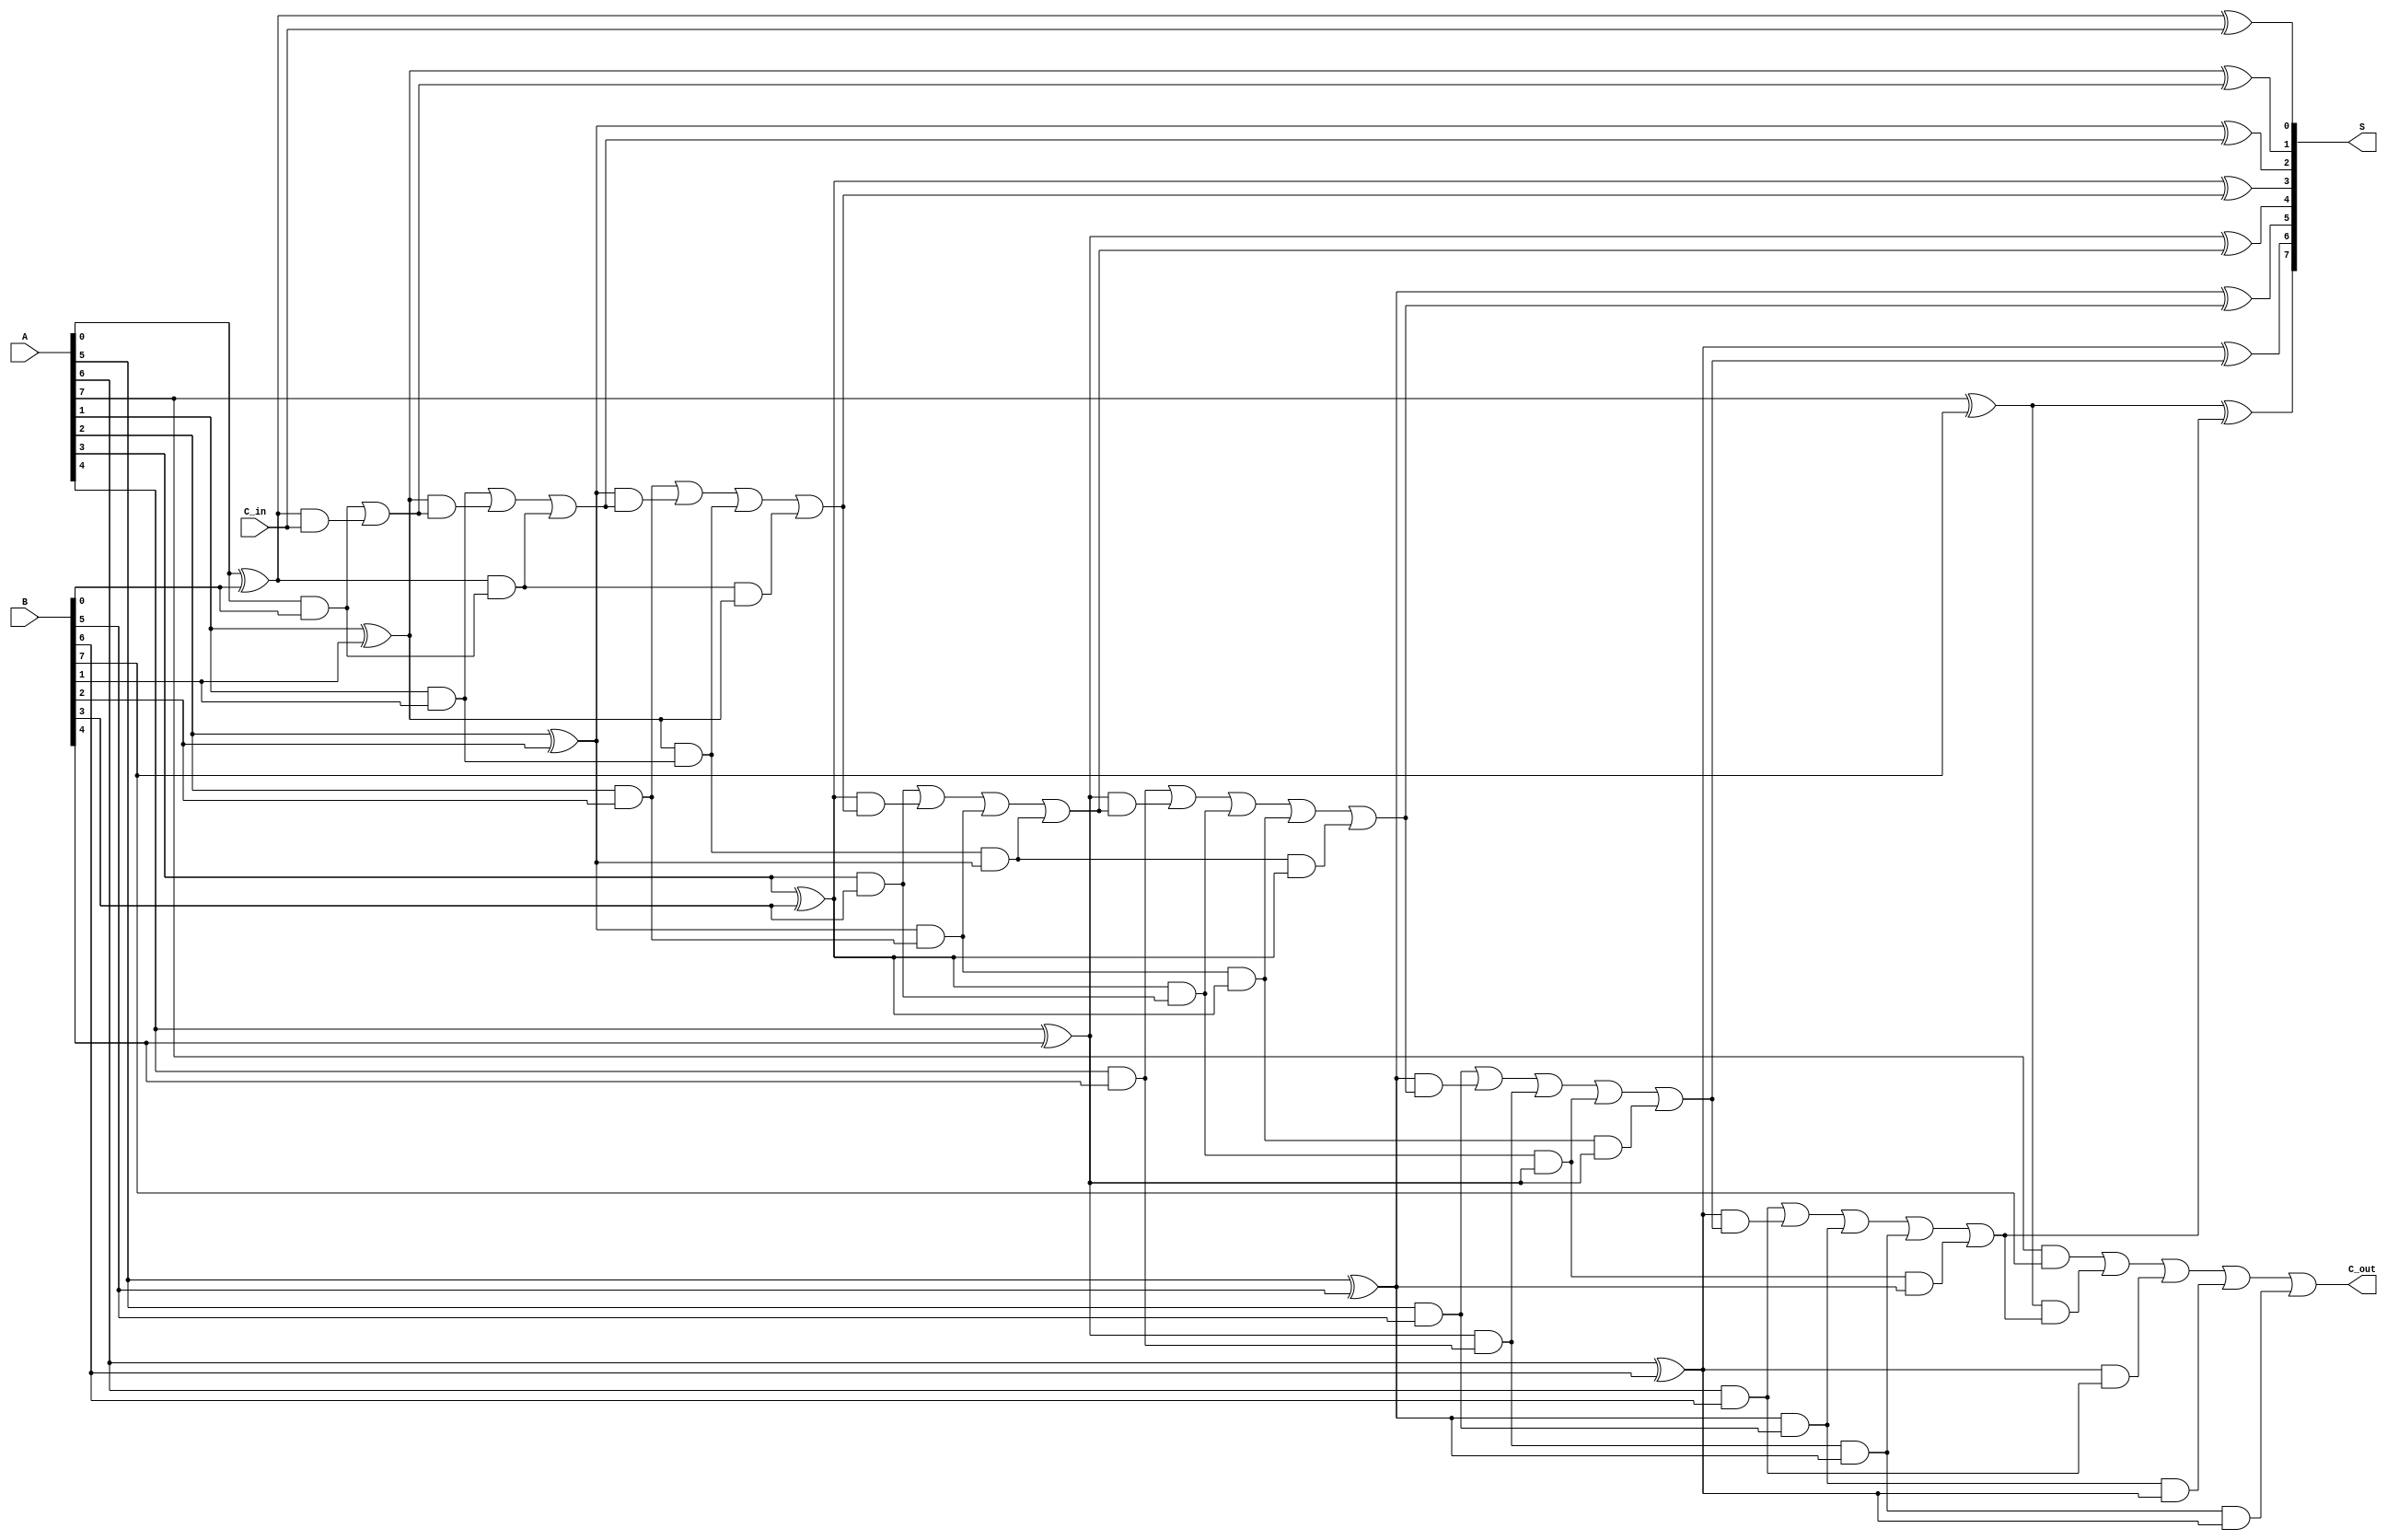
module brent_kung_adder #(parameter WIDTH = 8) (
    input  [WIDTH-1:0] A,      // First input
    input  [WIDTH-1:0] B,      // Second input
    input               C_in,    // Carry-in
    output [WIDTH-1:0] S,       // Sum output
    output              C_out     // Carry-out
);

    // Generate and Propagate signals
    wire [WIDTH-1:0] G; // Generate signals
    wire [WIDTH-1:0] P; // Propagate signals
    wire [WIDTH:0] C;   // Carry signals

    // Generate and Propagate calculations
    genvar i;
    generate
        for (i = 0; i < WIDTH; i = i + 1) begin : gp_gen
            assign G[i] = A[i] & B[i]; // Generate
            assign P[i] = A[i] ^ B[i]; // Propagate
        end
    endgenerate

    // Carry signals initialization
    assign C[0] = C_in; // Initial carry input

    // Carry tree computation
    generate
        for (i = 0; i < WIDTH; i = i + 1) begin : carry_tree
            if (i < 1) begin
                assign C[i + 1] = G[i] | (P[i] & C[i]); // Level 1
            end else if (i < 2) begin
                assign C[i + 1] = G[i] | (P[i] & C[i]) | (P[i-1] & G[i-1]);
            end else if (i < 4) begin
                assign C[i + 1] = G[i] | (P[i] & C[i]) | (P[i-1] & G[i-1]) | (P[i-2] & G[i-2] & P[i-1]);
            end else if (i < 8) begin
                assign C[i + 1] = G[i] | (P[i] & C[i]) | (P[i-1] & G[i-1]) | (P[i-2] & G[i-2] & P[i-1]) | (P[i-3] & G[i-3] & P[i-2] & P[i-1]);
            end
        end
    endgenerate

    // Sum calculation
    generate
        for (i = 0; i < WIDTH; i = i + 1) begin : sum_gen
            assign S[i] = P[i] ^ C[i]; // Sum
        end
    endgenerate

    // Final carry-out
    assign C_out = C[WIDTH];

endmodule